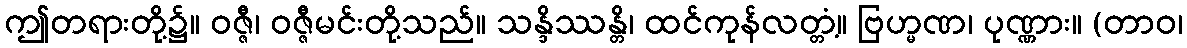
ဤတရားတို့၌။ ဝဇ္ဇီ၊ ဝဇ္ဇီမင်းတို့သည်။ သန္ဒိဿန္တိ၊ ထင်ကုန်လတ္တံ့။ ဗြဟ္မဏ၊ ပုဏ္ဏား။ (တာဝ၊